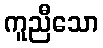
ကူညီသော